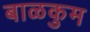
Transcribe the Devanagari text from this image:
बाळकुम